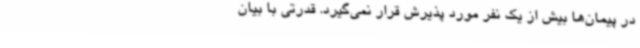
در پیمان‌ها بیش از یک نفر مورد پذیرش قرار نمی‌گیرد. قدرتی با بیان